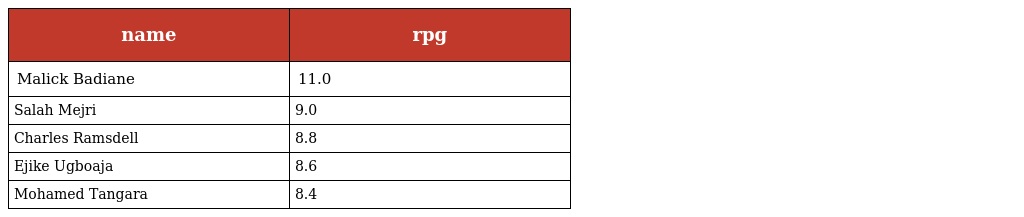
| name | rpg |
 | --- | --- |
 | Malick Badiane | 11.0 |
 | Salah Mejri | 9.0 |
 | Charles Ramsdell | 8.8 |
 | Ejike Ugboaja | 8.6 |
 | Mohamed Tangara | 8.4 |